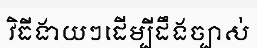
វិធីងាយៗដើម្បីដឹងច្បាស់